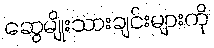
ဆွေမျိုးသားချင်းများကို